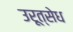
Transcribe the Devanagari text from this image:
उरूत्सेध